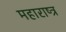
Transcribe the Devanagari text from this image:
महाराष्त्र